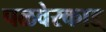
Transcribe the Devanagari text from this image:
पळवेरकाड्